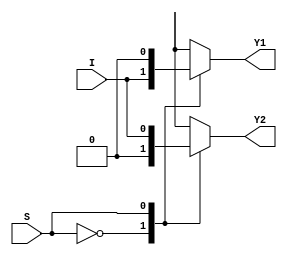
`timescale 1ns / 1ps
//////////////////////////////////////////////////////////////////////////////////
// Company: 
// Engineer: 
// 
// Design Name: 
// Module Name: Demux_1x2_bm
// Project Name: 
// Target Devices: 
// Tool Versions: 
// Description: 
// 
// Dependencies: 
// 
// Revision:
// Revision 0.01 - File Created
// Additional Comments:
// 
//////////////////////////////////////////////////////////////////////////////////


module Demux_1x2_bm(I,S,Y1,Y2);
input I,S;
output reg Y1,Y2;
    always @ (I or S)
    begin
        case(S)
            1'b0: 
            begin
             Y1=I; Y2=0;
             end
            1'b1: 
            begin
            Y1=0; Y2=I;
            end
        endcase    
    end
endmodule